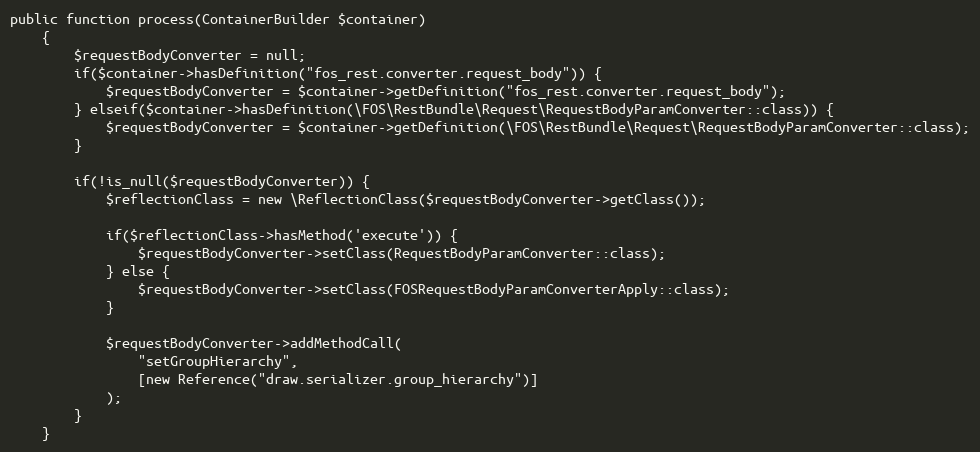
Language: PHP
public function process(ContainerBuilder $container)
    {
        $requestBodyConverter = null;
        if($container->hasDefinition("fos_rest.converter.request_body")) {
            $requestBodyConverter = $container->getDefinition("fos_rest.converter.request_body");
        } elseif($container->hasDefinition(\FOS\RestBundle\Request\RequestBodyParamConverter::class)) {
            $requestBodyConverter = $container->getDefinition(\FOS\RestBundle\Request\RequestBodyParamConverter::class);
        }

        if(!is_null($requestBodyConverter)) {
            $reflectionClass = new \ReflectionClass($requestBodyConverter->getClass());

            if($reflectionClass->hasMethod('execute')) {
                $requestBodyConverter->setClass(RequestBodyParamConverter::class);
            } else {
                $requestBodyConverter->setClass(FOSRequestBodyParamConverterApply::class);
            }

            $requestBodyConverter->addMethodCall(
                "setGroupHierarchy",
                [new Reference("draw.serializer.group_hierarchy")]
            );
        }
    }